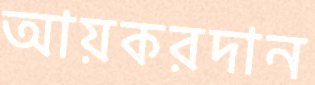
আয়করদান